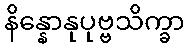
နိန္နောနုပုဗ္ဗသိက္ခာ